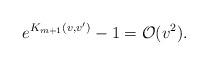
LaTeX: \begin{align*} e^{K_{m+1}(v,v')}-1=\mathcal{O}(v^2).\end{align*}